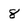
Character: 8